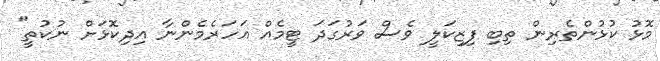
މޮޅު ކުޅުންތެރިން ތިބި ފިޒިކަލީ ވެސް ވަރުގަދަ ޓީމެއް އަހަރެމެންނާ އިދިކޮޅަށް ނުކުތީ"